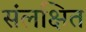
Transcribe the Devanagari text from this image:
संलक्षित